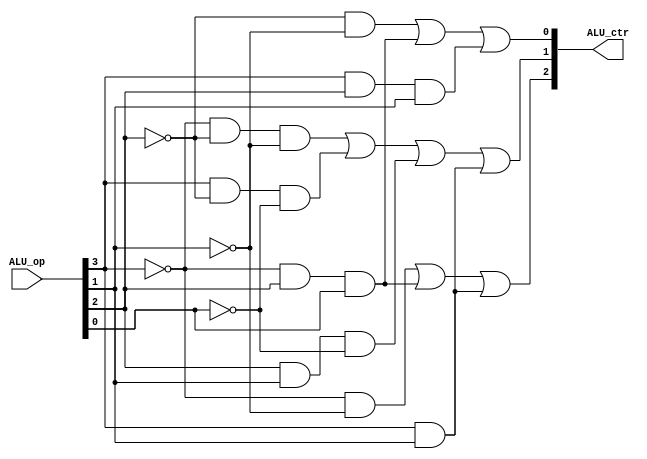
module ALU_Controller(ALU_op,ALU_ctr);
input [3:0] ALU_op;
output [2:0] ALU_ctr;

assign ALU_ctr[2] = ((!ALU_op[3])&(!ALU_op[1]))|(!ALU_op[3]& ALU_op[2]& ALU_op[0])|(ALU_op[3]&ALU_op[1]); 
assign ALU_ctr[1] = (!ALU_op[3]&!ALU_op[2]&!ALU_op[1])|(ALU_op[3]&!ALU_op[2]&!ALU_op[0])|(ALU_op[2]&ALU_op[1]&!ALU_op[0])|(ALU_op[3]&ALU_op[1]);
assign ALU_ctr[0] = (!ALU_op[2]&!ALU_op[1])|(!ALU_op[3]&ALU_op[2]&ALU_op[0])|(ALU_op[3]&ALU_op[2]&ALU_op[1]);

endmodule